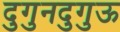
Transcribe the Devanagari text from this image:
दुगुनदुगुऊ